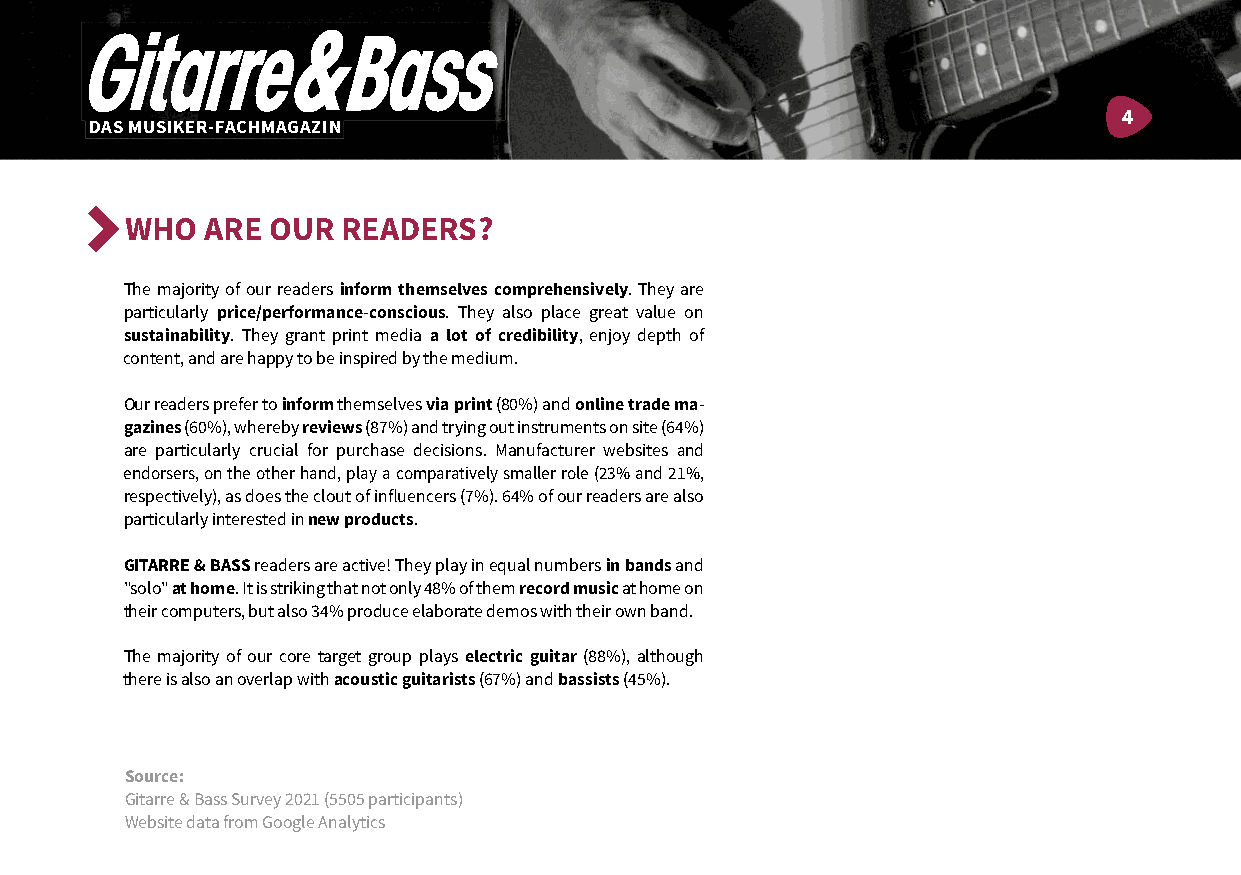
4
 DAS MUSIKER-FACHMAGAZIN
 WHO   ARE OUR  READERS?
 The majority of our readers inform themselves comprehensively. They are
 particularly price/performance-conscious. They also place great value on
 sustainability. They grant print media a lot of credibility, enjoy depth of
 content, and are happy to be inspired by the medium.
 Our readers prefer to inform themselves via print (80%) and online trade ma-
 gazines (60%), whereby reviews (87%) and trying out instruments on site (64%)
 are particularly crucial for purchase decisions. Manufacturer websites and
 endorsers, on the other hand, play a comparatively smaller role (23% and 21%,
 respectively), as does the clout of infl uencers (7%). 64% of our readers are also
 particularly interested in new products.
 GITARRE & BASS readers are active! They play in equal numbers in bands and
 "solo" at home. It is striking that not only 48% of them record music at home on
 their computers, but also 34% produce elaborate demos with their own band.
 The majority of our core target group plays electric guitar (88%), although
 there is also an overlap with acoustic guitarists (67%) and bassists (45%).
 Source:
 Gitarre & Bass Survey 2021 (5505 participants)
 Website data from Google Analytics